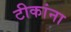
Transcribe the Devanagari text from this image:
टीकांना